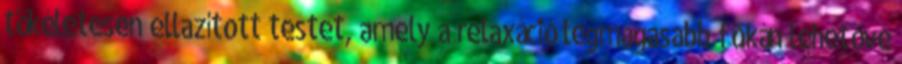
tökéletesen ellazított testet, amely a relaxáció legmagasabb fokán lehetővé